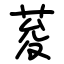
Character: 荾